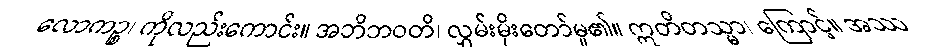
လောကဉ္စ၊ ကိုလည်းကောင်း။ အဘိဘဝတိ၊ လွှမ်းမိုးတော်မူ၏။ ဣတိတသ္မာ၊ ကြောင့်။ အဿ